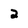
Character: 2